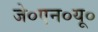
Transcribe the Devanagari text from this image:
जे०एन०यू०